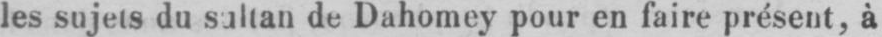
les sujets du sultan de Dahomey pour en faire présent, à